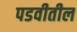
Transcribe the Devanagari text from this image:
पडवीतील